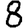
Digit: 8